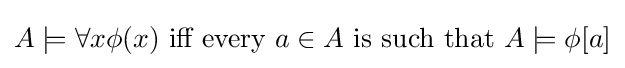
A\models \forall x\phi (x){\text{ iff every }}a\in A{\text{ is such that }}A\models \phi [a]